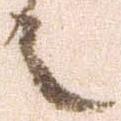
之